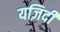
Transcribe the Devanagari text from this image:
यज़िदी